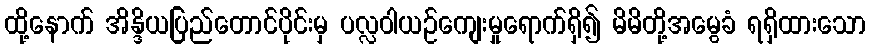
ထို့နောက် အိန္ဒိယပြည်တောင်ပိုင်းမှ ပလ္လဝါယဉ်ကျေးမှုရောက်ရှိ၍ မိမိတို့အမွေခံ ရရှိထားသော